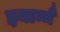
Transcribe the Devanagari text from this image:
झ्याम्मै